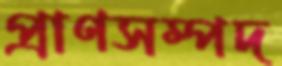
প্রাণসম্পদ